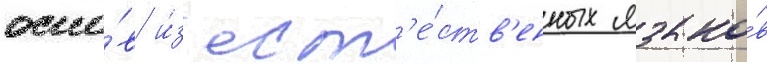
осно́в и́з ест'е́ств'енных языко́в